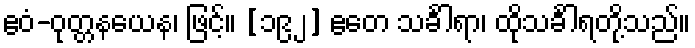
ဧဝံ-ဝုတ္တနယေန၊ ဖြင့်။ [၁၉၂] ဧတေ သင်္ခါရာ၊ ထိုသင်္ခါရတို့သည်။